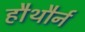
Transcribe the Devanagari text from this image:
हौथौर्न